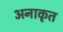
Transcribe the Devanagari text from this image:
अनाकृत